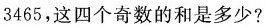
3465，这四个奇数的和是多少?